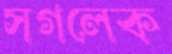
সগলেক